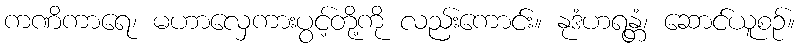
ကဏိကာရေ၊ မဟာလှေကားပွင့်တို့ကို လည်းကောင်း။ နုဒံဟရန္တံ၊ ဆောင်ယူစဉ်။